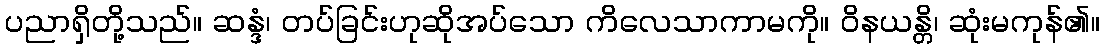
ပညာရှိတို့သည်။ ဆန္ဒံ၊ တပ်ခြင်းဟုဆိုအပ်သော ကိလေသာကာမကို။ ဝိနယန္တိ၊ ဆုံးမကုန်၏။